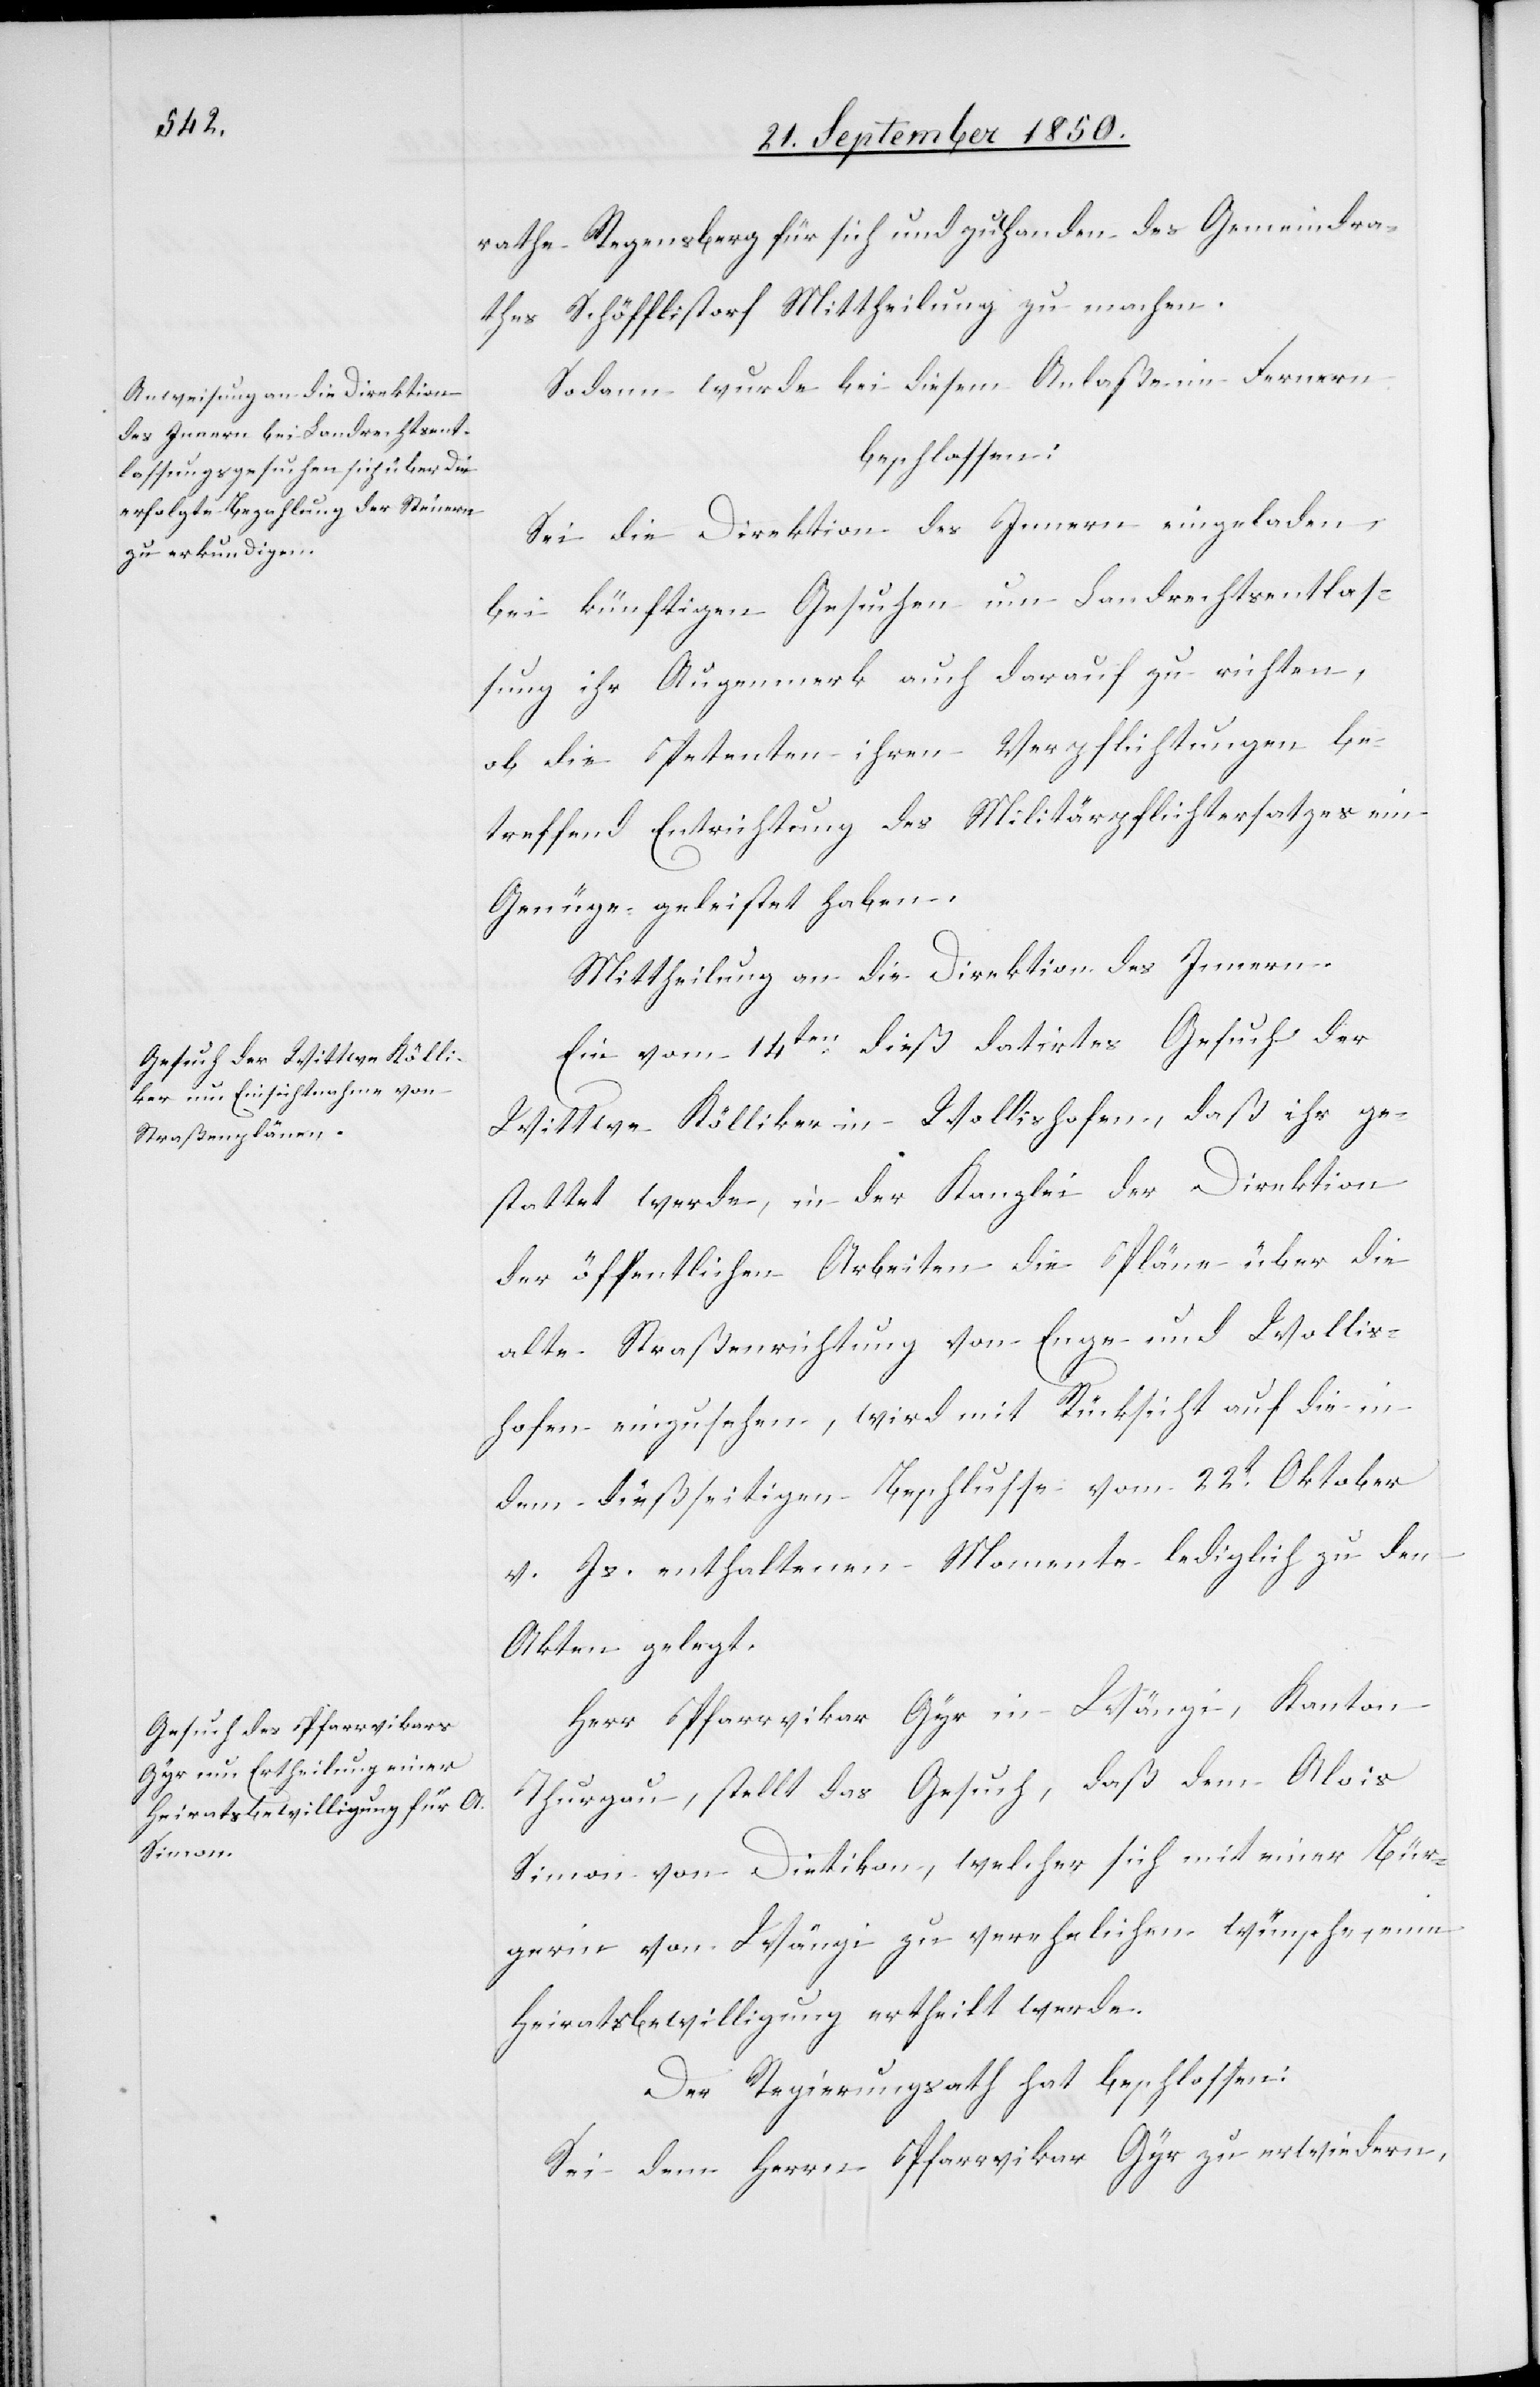
rathe Regensberg für sich und zu Handen des Gemeindra¬
thes Schöfflistorf Mittheilung zu machen.
Sodann wurde bei diesem Anlaße im Fernern
beschlossen:
Sei die Direktion des Innern eingeladen,
bei künftigen Gesuchen um Landrechtsentlas¬
sung ihr Augenmerk auch darauf zu richten,
ob die Petenten ihren Verpflichtungen be¬
treffend Entrichtung des Militärpflichtersatzes ein
Genüge geleistet haben.
Mittheilung an die Direktion des Innern.
Ein vom 14ten dieß datirtes Gesuch der
Wittwe Kölliker in Wollishofen, daß ihr ge¬
stattet werde, in der Kanzlei der Direktion
der öffentlichen Arbeiten die Pläne über die
alte Straßenrichtung von Enge und Wollis¬
hofen einzusehen, wird mit Rücksicht auf die in
dem dießseitigen Beschlusse vom 22t Oktober
v. Js. enthaltenen Momente lediglich zu den
Akten gelegt.
Herr Pfarrvikar Gyr im Wängi, Kanton
Thurgau, stellt das Gesuch, daß dem Alois
Simon von Dietikon, welcher sich mit einer Bür¬
gerin von Wängi zu verehelichen wünsche, eine
Heriatsbewilligung ertheilt werde.
Der Regierungsrath hat beschlossen:
Sei dem Herrn Pfarrvikar Gyr zu erwiedern,